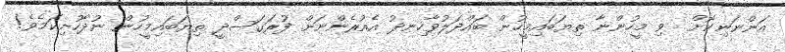
އަންނަނިކޮށް  ވި މީހުންނާ ތިޔަބައިމީހުން ބައްދަލުވާހިނދު އެއުރެންނަށް ފުރަގަސްދީ ތިޔަބައިމީހުން ނުދާހުށިކަމެވެ!